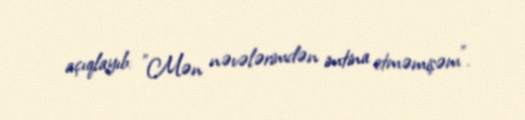
açıqlayıb: "Mən nəvələrimdən imtina etməmişəm”.